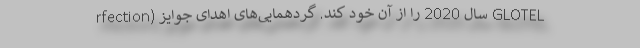
rfection) سال 2020 را از آن خود کند. گردهمایی‌های اهدای جوایز GLOTEL